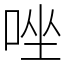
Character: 唑